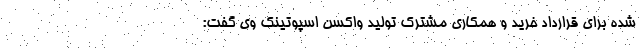
شده برای قرارداد خرید و همکاری مشترک تولید واکسن اسپوتینک وی گفت: